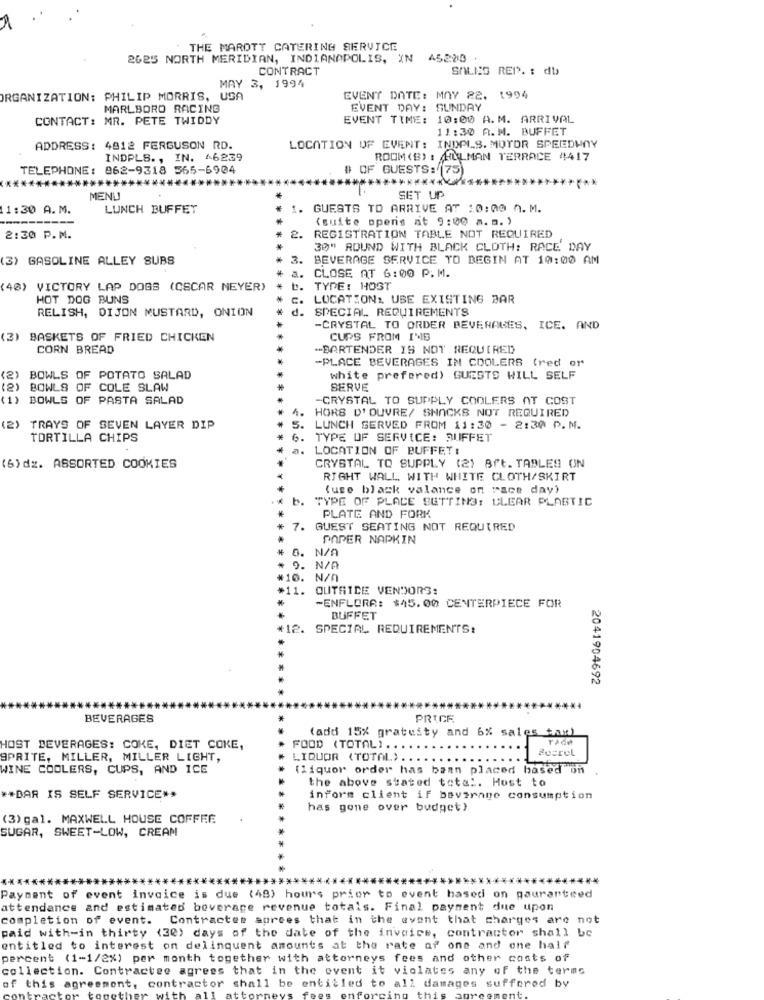
THE MAROTT CATERING SERVICE
2625 NORTH MERIDIAN, INDIANAPOLIS, IN 45280 .
CONTRACT
SALES REP. : db>
MAY 3, 1994
ORGANIZATION: PHILIP MORRIS, USA
EVENT DATE: MAY 22, 1994
MARLBORO RACING
EVENT DAY: SUNDAY
CONTACT: MR. PETE TWIDDY
EVENT TIME: 10:00 A.M. ARRIVAL
11:30 A.M. BUFFET
ADDRESS: 4812 FERGUSON RD.
LOCATION OF EVENT: INDPILS. MOTOR SPEEDWAY
INDPLS ., IN. 66239
ROOM (B) : HULMAN TERRACE 4417
TELEPHONE: 862-9318 565-6904
# OF GUESTS: (75)
*******
******
MENU
*
SET UP
1:30 A.M.
LUNCH BUFFET
GUESTS TO ARRIVE AT 10:00 A.M.
(suite openis at 9:00 a. m. )
2:30 P.M.
2.
REGISTRATION TABLE NOT REQUIRED
30" ROUND WITH BLACK CLOTH: RACE DAY
(3) GASOLINE ALLEY SUBS
3.
BEVERAGE SERVICE TO BEGIN AT 10:00 AM
a.
CLOSE AT 6:00 P.M.
(40) VICTORY LAP DOGS (CSCAR NEYER)
b. TYPE: HOST
HOT DOG BUNS
C. LOCATION: USE EXISTING BAR
RELISH, DIJON MUSTARD, ONION
d. SPECIAL REQUIREMENTS
-CRYSTAL TO ORDER BEVERAGES, ICE. AND
(3)
BASKETS OF FRIED CHICKEN
CUPS FROM IME
CORN BREAD
"BARTENDER 19 NOT REQUIRED
-PLACE BEVERAGES IN COOLERS (red or
BOWLS OF POTATO SALAD
white prefered) GUESTS WILL SELF
(2)
BOWLS OF COLE SLAW
SERVE
(1)
BOWLS OF PASTA SALAD
-CRYSTAL TO SUPPLY COOLERS AT COST
1.
HORS D' OUVRE/ SNACKS NOT REQUIRED
) TRAYS OF SEVEN LAYER DIP
S. LUNCH SERVED FROM 11:30 - 2:30 P.M.
TORTILLA CHIPS
6. TYPE OF SERVICE: BUFFET
a.
LOCATION OF BUFFET:
(6) dz. ASSORTED COOKIES
CRYSTAL TO SUPPLY (2) Bft. TABLES ON
RIGHT WALL. WITH WHITE CLOTH/SKIRT
(use black valance on race day?
TYPE OF PLACE SETTING: CLEAR PLASTIC
PLATE AND FORK
7. GUEST SEATING NOT REQUIRED
PAPER NAPKIN
O. N/A
9. N/A
#10. N/A
#11. OUTRICE VENDORS:
-ENFLORA: $45. 00 CENTERPIECE FOR
BUFFET
*12. SPECIAL REQUIREMENTS:
2041904692
BEVERAGES
PRICE
(add 15% gratuity and 6% sales tax)
HOST BEVERAGES: COKE, DIET COKE,
FOOD (TOTAL) . .
SPRITE, MILLER, MILLER LIGHT,
LIQUOR (TOTAL).
WINE COOLERS, CUPS, AND ICE
(liquor order has baan placed based on ,
the above stated total. Host to
** DAR IS SELF SERVICE **
inform client if bevorane consumption
has gone over budget)
(3) gal. MAXWELL HOUSE COFFEE
SUGAR, SWEET-LOW, CREAM
********************
Payment of event invoice is due (48) hours prior to event based on gauranteed
attendance and estimated beverage revenue totals. Final payment due upon
completion of event. Contractes agrees that in the event that charges are not
paid with-in thirty (30) days of the date of the invoice, contractor shall bc
entitled to interest on delinquent amounts at the rate of one and one half
percent (1-1/2%) per month together with attorneys fees and other costs of
collection. Contractee agrees that in the event it violates any of the terms
contractor shall be entitled to all damages suffered by
of this
ent,